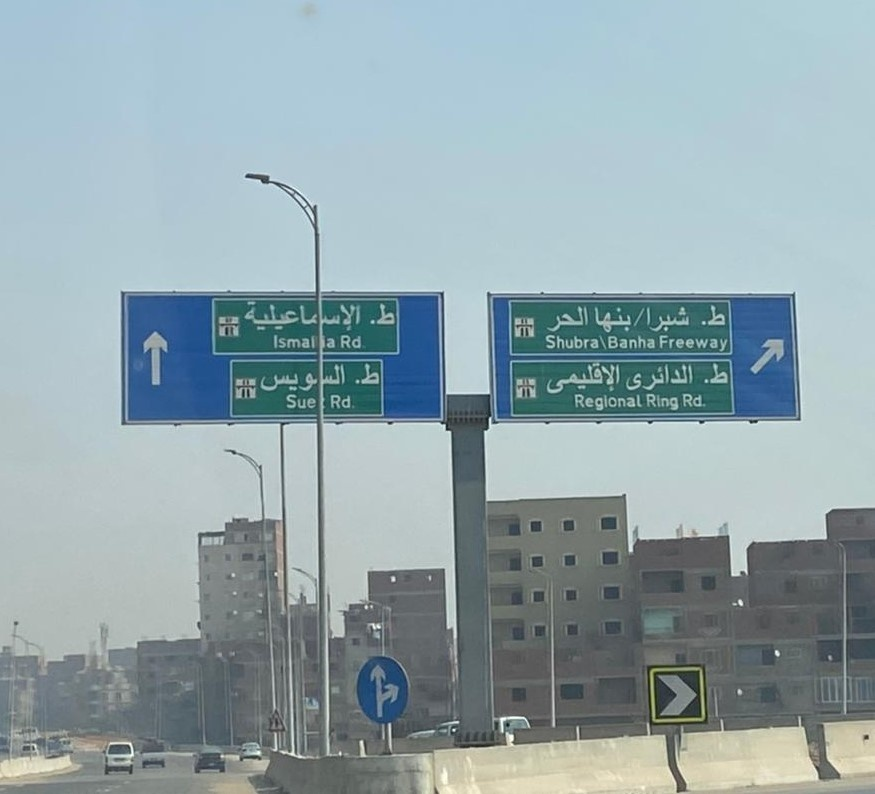
Text in image: ط. ط. الإسماعيلية شبرا الحر بنها ط. ط. الدائري السويس الإقليمي Rd Ismalia Shubra Banha Freeway Rd Sue Rd Ring Regional